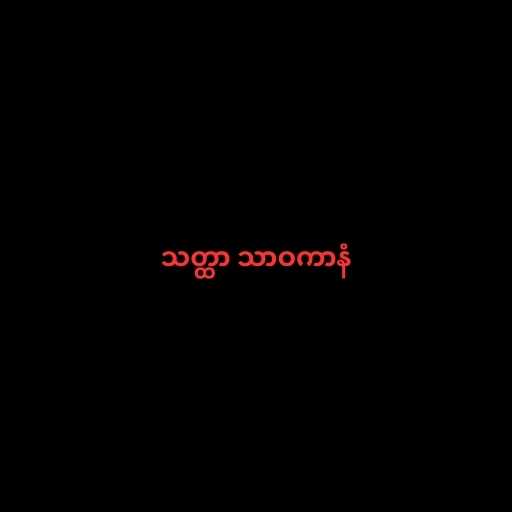
သတ္ထာ သာဝကာနံ